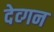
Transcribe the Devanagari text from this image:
देव्गन